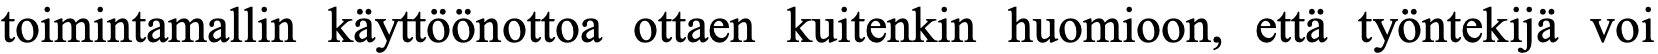
toimintamallin käyttöönottoa ottaen kuitenkin huomioon, että työntekijä voi